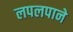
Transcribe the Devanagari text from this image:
लपलपाने